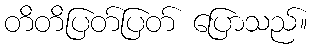
တိတိပြတ်ပြတ် ပြောသည်။